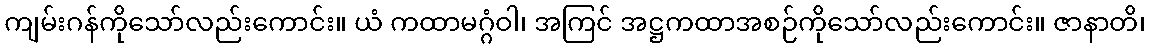
ကျမ်းဂန်ကိုသော်လည်းကောင်း။ ယံ ကထာမဂ္ဂံဝါ၊ အကြင် အဋ္ဌကထာအစဉ်ကိုသော်လည်းကောင်း။ ဇာနာတိ၊